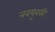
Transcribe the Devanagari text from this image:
नवयुवकी